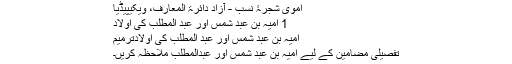
اموی شجرۂ نسب - آزاد دائرۃ المعارف، ویکیپیڈیا
1 امیہ بن عبد شمس اور عبد المطلب کی اولاد
امیہ بن عبد شمس اور عبد المطلب کی اولادترميم
تفصیلی مضامین کے لیے امیہ بن عبد شمس اور عبدالمطلب ملاحظہ کریں۔